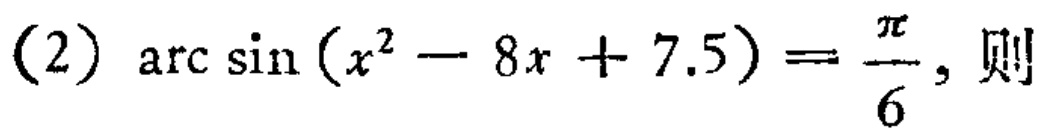
(2) \(\arcsin(x^{2}-8x + 7.5)=\frac{\pi}{6}\), 则